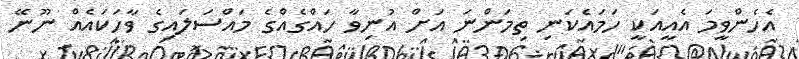
އެހެންވީމަ އެއީއަކީ ހަމައެކަނި ތިމަންނަ އަށް އުނިވާ ހައްގެއްގެ މައްސަލައިގެ ވާހަކައެއް ނޫނޭ